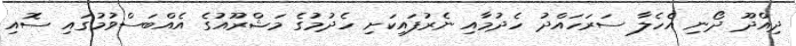
ދިއްދޫ ދޯނި އެހެލާ ސަރަހައްދު ހެދުމާއި ނެރުފައިކަށި ހެދުމުގެ މަޝްރޫއުގެ އެއްބަސްވުމުގައި ސޮއި